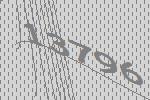
13796